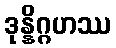
ဒုန္နိဂ္ဂဟဿ